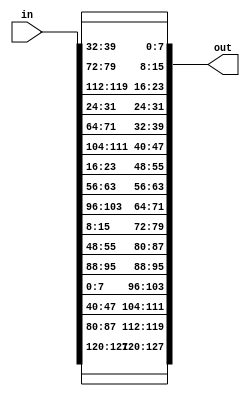
module ShiftRows # ( parameter BYTE = 8 , parameter WORD = 32 , parameter SENTENCE = 128 )
( input [ SENTENCE-1 : 0] in , output [ SENTENCE-1 : 0 ] out ) ;


// concatenation the input to the output to the corrct order
assign out = {	in[16*BYTE-1:15*BYTE] , in[11*BYTE-1 : 10*BYTE] , in[6*BYTE-1 : 5*BYTE] , in[BYTE-1 : 0] ,
				in[12*BYTE-1 : 11*BYTE] , in[7*BYTE-1 : 6*BYTE] , in[2*BYTE-1 : BYTE], in[13*BYTE-1 : 12*BYTE] ,
				in[8*BYTE-1 : 7*BYTE] , in[3*BYTE-1 : 2*BYTE] , in[14*BYTE-1 : 13*BYTE] , in[9*BYTE-1 : 8*BYTE] ,
				in[4*BYTE-1 : 3*BYTE] , in[15*BYTE-1 : 14*BYTE] , in[10*BYTE-1 : 9*BYTE] , in[5*BYTE-1 : 4*BYTE] } ;

endmodule